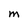
Character: M